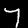
Label: 7